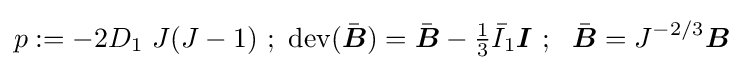
p:=-2D_{1}~J(J-1)~;~\operatorname {dev} ({\bar {\boldsymbol {B}}})={\bar {\boldsymbol {B}}}-{\tfrac {1}{3}}{\bar {I}}_{1}{\boldsymbol {I}}~;~~{\bar {\boldsymbol {B}}}=J^{-2/3}{\boldsymbol {B}}~